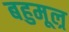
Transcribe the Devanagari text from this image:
बहुमूल्र